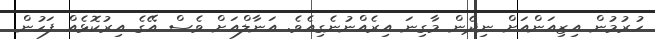
ހުރުމުން އިޒިއަންއަށް ނިދެން މާގިނަ އިރެއްނުނެގިއެވެ. އަނާލްއަށް ވެސް އޭގެ އިރުކޮޅެއް ފަހުން